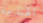
الهندسة